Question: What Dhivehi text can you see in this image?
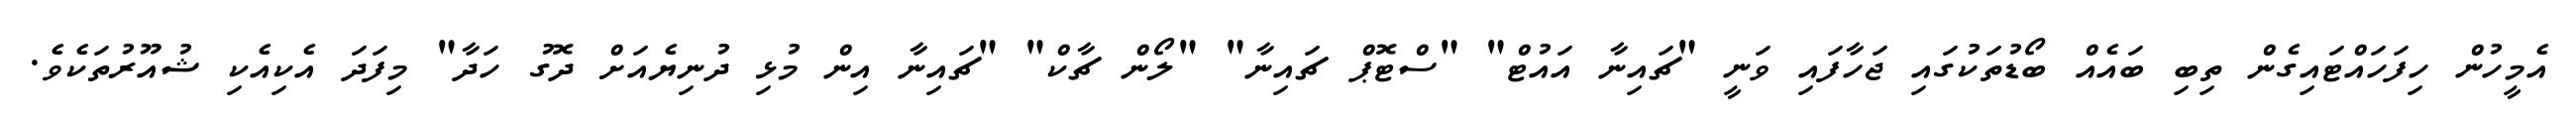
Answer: އެމީހުން ހިފަހައްޓައިގެން ތިބި ބައެއް ބޯޑުތަކުގައި ޖަހާފައި ވަނީ "ޗައިނާ އައުޓް" "ސްޓޮޕް ޗައިނާ" "ލޯން ޗާކް" "ޗައިނާ އިން މުޅި ދުނިޔެއަށް ދޮގު ހަދާ" މިފަދަ އެކިއެކި ޝުއޫރުތަކެވެ.